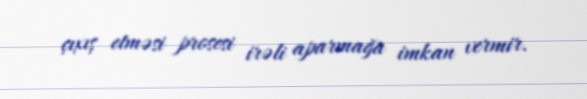
çıxış etməsi prosesi irəli aparmağa imkan vermir.